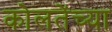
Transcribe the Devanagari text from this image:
कोलतेंच्या